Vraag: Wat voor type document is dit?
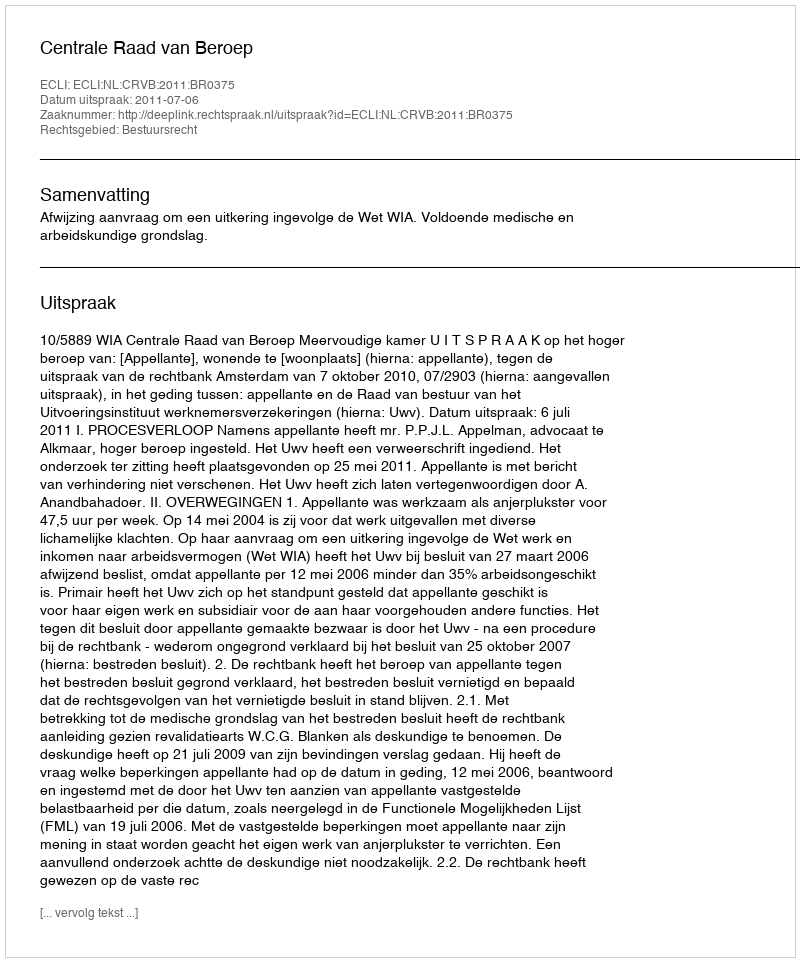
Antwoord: Uitspraak